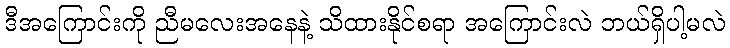
ဒီအကြောင်းကို ညီမလေးအနေနဲ့ သိထားနိုင်စရာ အကြောင်းလဲ ဘယ်ရှိပါ့မလဲ